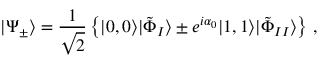
| \Psi _ { \pm } \rangle = \frac { 1 } { \sqrt { 2 } } \left\{ | 0 , 0 \rangle | \tilde { \Phi } _ { I } \rangle \pm e ^ { i \alpha _ { 0 } } | 1 , 1 \rangle | \tilde { \Phi } _ { I I } \rangle \right\} \, ,